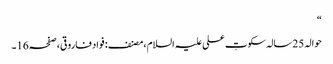
“
حوالہ 25سالہ سکوتِ علی علیہ السلام،مصنف: فواد فاروقی،صفحہ16۔